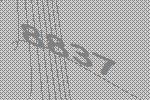
8837